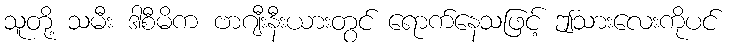
သူတို့ သမီး ဒါစီမိက ဗာဂျီးနီးယားတွင် ရောက်နေသဖြင့် ဤသားလေးကိုပင်